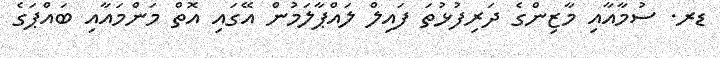
ޑރ. ސުމާއާއި މާޒިންގެ ދަރިފުޅުތަ ފައިލް ލައްޕާލަމުން އޭގައި އޮތް މަންމައާއި ބައްޕަގެ